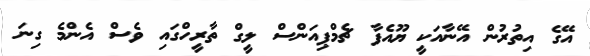
އޭގެ އިތުރުން އޭނާއަކީ ޔޫއެފާ ޗެމްޕިއަންސް ލީގް ތާރީހްގައި ވެސް އެންމެ ގިނަ